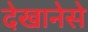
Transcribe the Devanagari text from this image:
देखानेसे